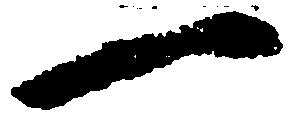
一